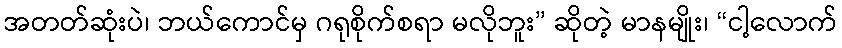
အတတ်ဆုံးပဲ၊ ဘယ်ကောင်မှ ဂရုစိုက်စရာ မလိုဘူး” ဆိုတဲ့ မာနမျိုး၊ “ငါ့လောက်